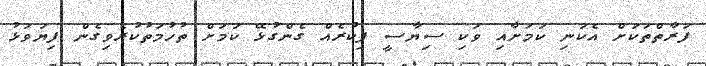
ފަރާތްތަކަށް އެކަނި ކަމަށާއި ވަކި ސިޔާސީ ފިކުރެއް ގެންގުޅޭ ކަމަށް ތުހުމަތުކުރެވިގެން ފިޔަވަޅު